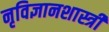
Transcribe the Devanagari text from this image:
नृविज्ञानशास्त्री